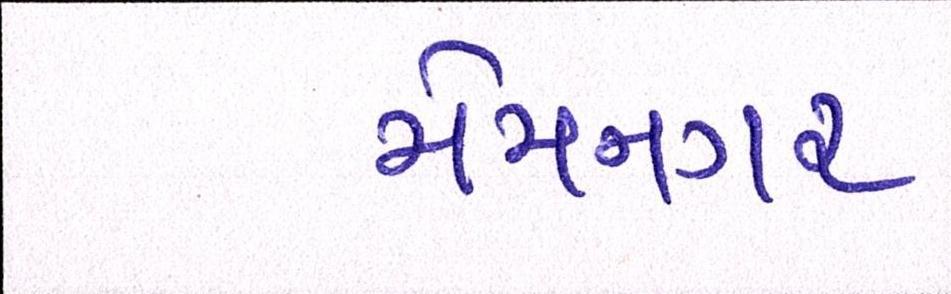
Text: મેમનગર